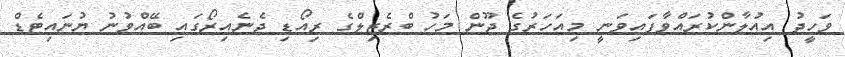
ވަހީދު އިއުލާންކުރައްވާފައިވަނީ މިއަހަރުގެ ޖޫން މަހު ބްރެޒިލްގެ ރިއޯޑި ޖެނެއިރޯގައި ބޭއްވުނު ޔުނައިޓެޑް